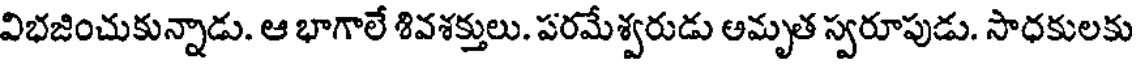
విభజించుకున్నాడు. ఆ భాగాలే శివశక్తులు. పరమేశ్వరుడు అమృత స్వరూపుడు. సాధకులకు